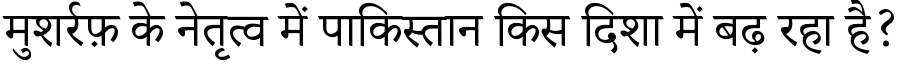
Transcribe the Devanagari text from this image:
मुशर्रफ़ के नेतृत्व में पाकिस्तान किस दिशा में बढ़ रहा है?